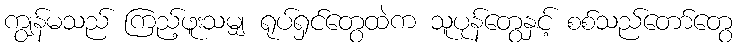
ကျွန်မသည် ကြည့်ဖူးသမျှ ရုပ်ရှင်တွေထဲက သူပုန်တွေနှင့် စစ်သည်တော်တွေ